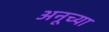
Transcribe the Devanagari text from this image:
अनूच्या